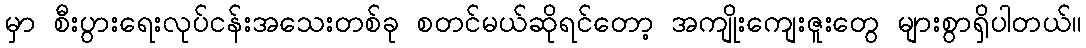
မှာ စီးပွားရေးလုပ်ငန်းအသေးတစ်ခု စတင်မယ်ဆိုရင်တော့ အကျိုးကျေးဇူးတွေ များစွာရှိပါတယ်။